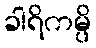
ခါရိကမ္ပိ